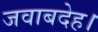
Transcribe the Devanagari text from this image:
जवाबदेह।